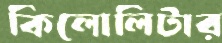
কিলোলিটার